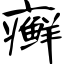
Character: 癣